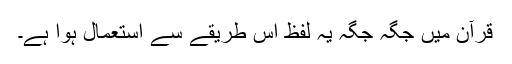
قرآن میں جگہ جگہ یہ لفظ اِس طریقے سے استعمال ہوا ہے۔